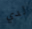
لدي